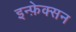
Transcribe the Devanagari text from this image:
इन्फ़ेक्सन